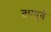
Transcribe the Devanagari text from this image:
तपपुर्व